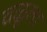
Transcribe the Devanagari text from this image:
वळूला